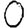
Digit: 0